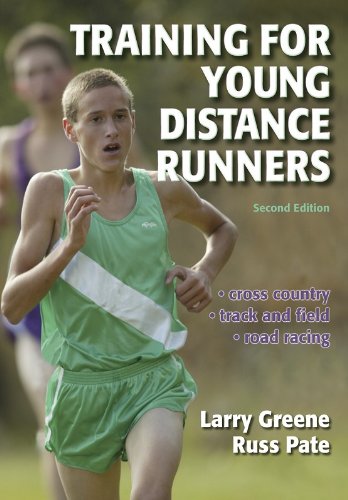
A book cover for Training for Young Distance Runners - 2E; Larry Greene; Sports & Outdoors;